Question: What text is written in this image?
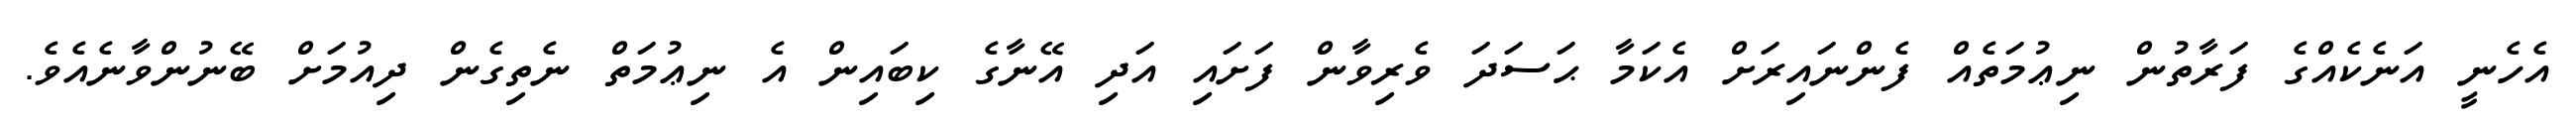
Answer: އެހެނީ އަނެކެއްގެ ފަރާތުން ނިޢުމަތެއް ފެންނައިރަށް އެކަމާ ޙަސަދަ ވެރިވާން ފަށައި އަދި އޭނާގެ ކިބައިން އެ ނިޢުމަތް ނެތިގެން ދިއުމަށް ބޭނުންވާނެއެވެ.